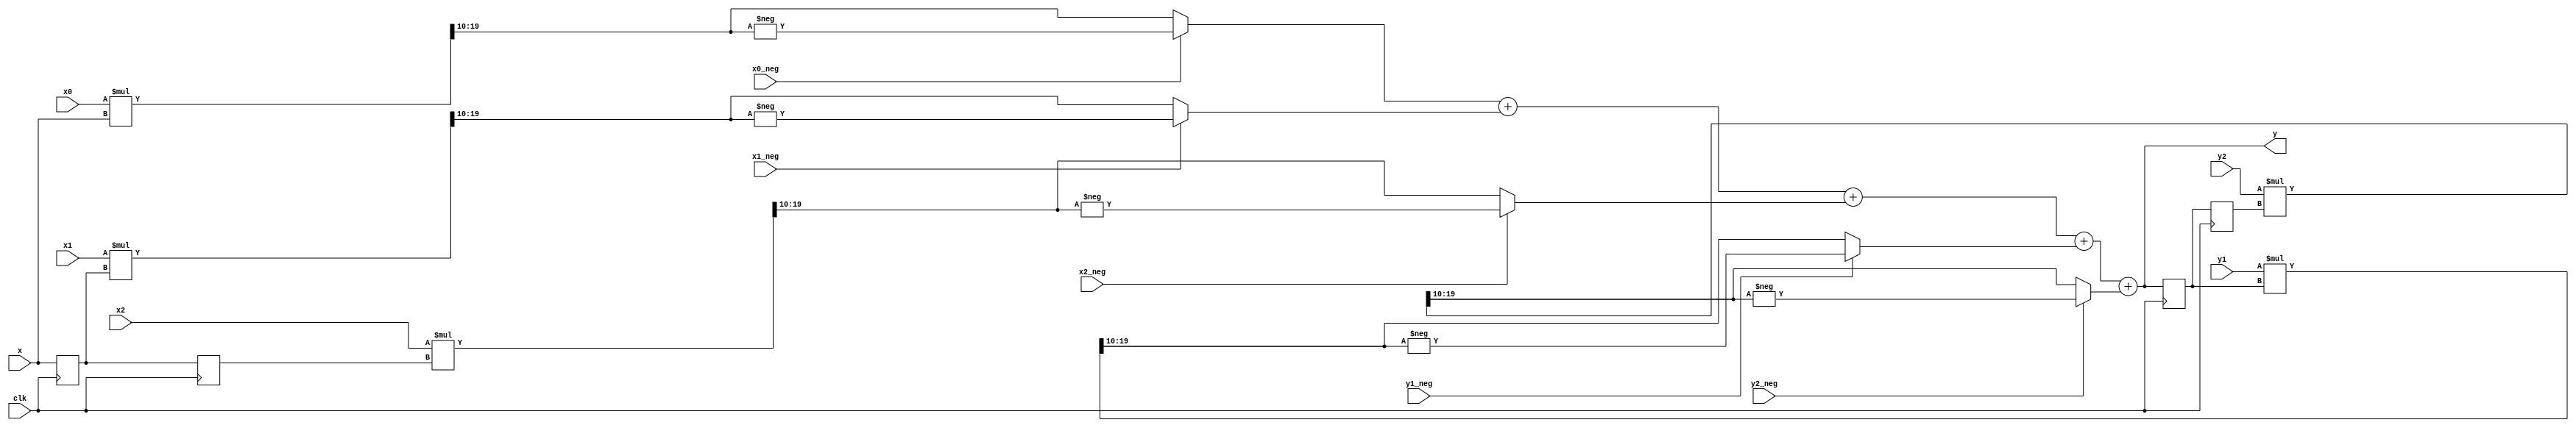
module biquad_filter(
    clk,
    x,
    y,

    x0,
    x0_neg,
    x1,
    x1_neg,
    x2,
    x2_neg,
    y1,
    y1_neg,
    y2,
    y2_neg,
);

input clk, x0_neg, x1_neg, x2_neg, y1_neg, y2_neg;
input [9:0] x;
input [16:0] x0, x1, x2, y1, y2;
output [9:0] y;

reg [9:0] x_1, x_2, y_1, y_2 = 0;

always @ (posedge clk) begin
    x_1 <= x;
    x_2 <= x_1;
    y_1 <= y;
    y_2 <= y_1;
end

wire [26:0] x0_calc, x1_calc, x2_calc, y1_calc, y2_calc;

assign x0_calc = (x0 * x) >> 10;
assign x1_calc = (x1 * x_1) >> 10;
assign x2_calc = (x2 * x_2) >> 10;
assign y1_calc = (y1 * y_1) >> 10;
assign y2_calc = (y2 * y_2) >> 10;

assign y = (x0_neg ? -x0_calc : x0_calc) + (x1_neg ? -x1_calc : x1_calc) + (x2_neg ? -x2_calc : x2_calc) + (y1_neg ? -y1_calc : y1_calc) + (y2_neg ? -y2_calc : y2_calc);

endmodule